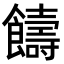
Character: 𩟕